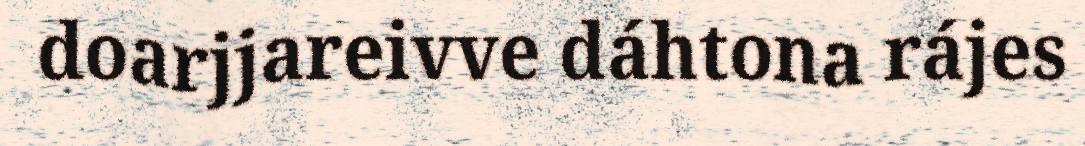
doarjjareivve dáhtona rájes